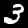
Label: 3